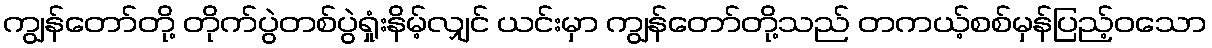
ကျွန်တော်တို့ တိုက်ပွဲတစ်ပွဲရှုံးနိမ့်လျှင် ယင်းမှာ ကျွန်တော်တို့သည် တကယ့်စစ်မှန်ပြည့်ဝသော